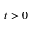
t > 0